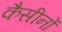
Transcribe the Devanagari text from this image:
कैसीनों